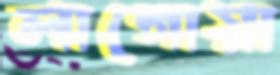
লাগোয়া